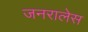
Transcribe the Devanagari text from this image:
जनरालेस